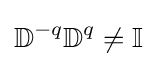
\mathbb {D} ^{-q}\mathbb {D} ^{q}\neq \mathbb {I}